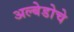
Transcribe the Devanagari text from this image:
अल्बेडोचे